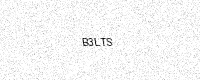
Text: B3LTS